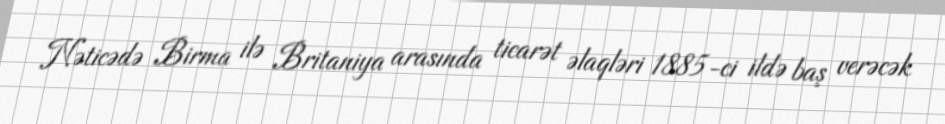
Nəticədə Birma ilə Britaniya arasında ticarət əlaqləri 1885-ci ildə baş verəcək